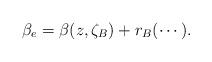
LaTeX: \begin{align*}\beta_e = \beta(z, \zeta_B) + r_B(\cdots).\end{align*}